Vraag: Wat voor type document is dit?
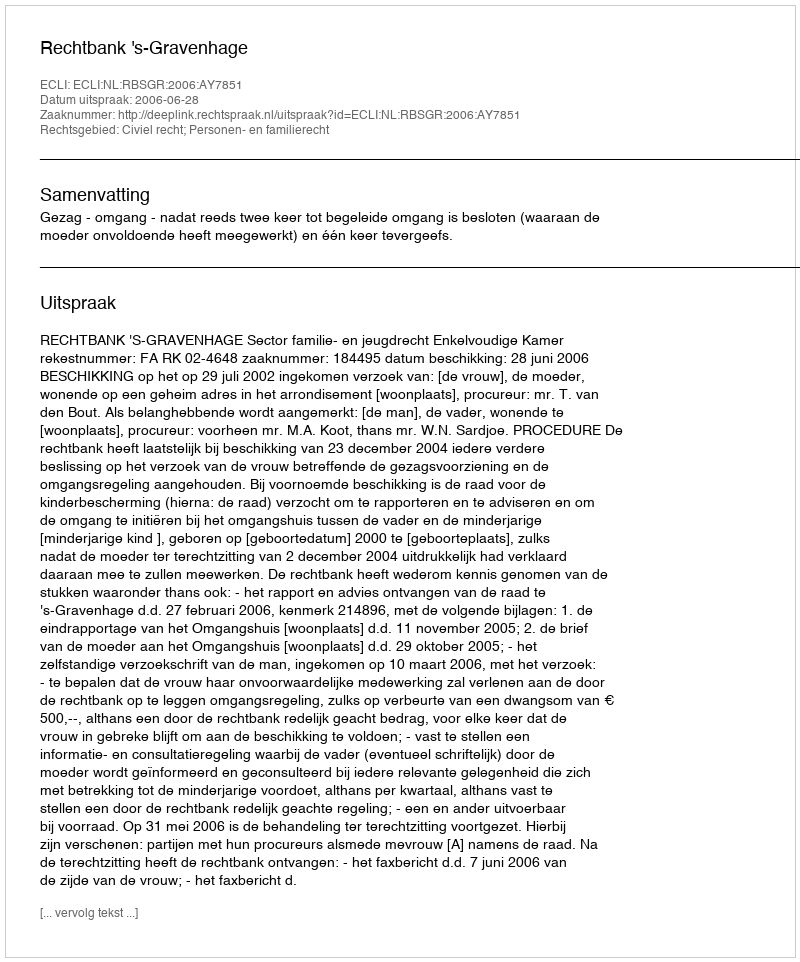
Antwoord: Uitspraak